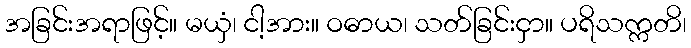
အခြင်းအရာဖြင့်။ မယှံ၊ ငါ့အား။ ဝဓာယ၊ သတ်ခြင်းငှာ။ ပရိသက္ကတိ၊